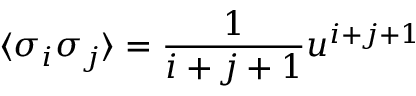
\langle \sigma _ { i } \sigma _ { j } \rangle = \frac { 1 } { i + j + 1 } u ^ { i + j + 1 }